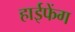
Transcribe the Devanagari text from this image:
हाईफेंग